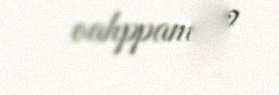
oahppamis?